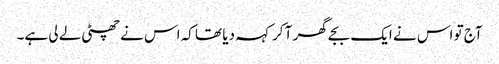
آج تو اس نے ایک بجے گھر آ کر کہہ دیا تھا کہ اس نے چھٹی لے لی ہے۔